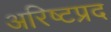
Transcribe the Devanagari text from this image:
अरिष्टप्रद